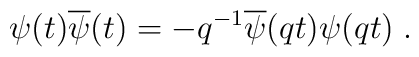
\psi (t)\overline{\psi }(t)=-q^{-1}\overline{\psi }(qt)\psi (qt) \;.